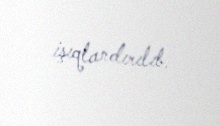
işıqlandırılıb.